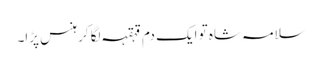
سلامہ شاہ تو ایک دم قہقہہ لگا کر ہنس پڑا۔